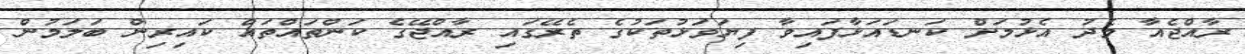
ރާއްޖެއާ މެދު އެޅުމަށް ކަނޑައަޅާފައިވާ ފިޔަވަޅުތަކުގެ ތެރޭގައި ރާއްޖޭގެ ކަންތައްތައް ކައިރިން ބަލަމުން